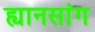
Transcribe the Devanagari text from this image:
ह्यानसांग